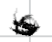
Text: is
Cross-out: mix
Writing tool: digital_black